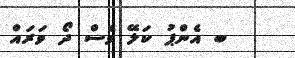
ބ އެންޕު ކަލޭ ވެސް ދޯ ވަރައް